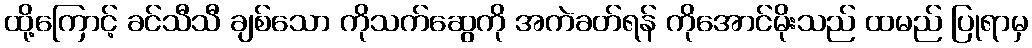
ထို့ကြောင့် ခင်သီသီ ချစ်သော ကိုသက်ဆွေကို အကဲခတ်ရန် ကိုအောင်မိုးသည် ထမည် ပြုရာမှ